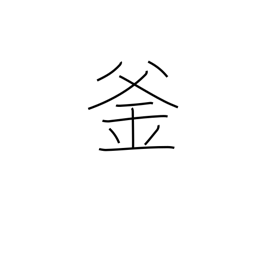
Meaning: cauldron